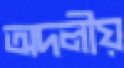
অদলীয়